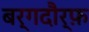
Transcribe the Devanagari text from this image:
बर्गदौर्फ़